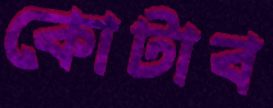
কোটাব